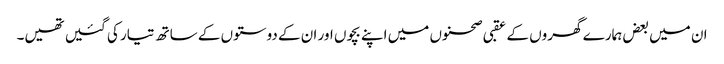
ان میں بعض ہمارے گھروں کے عقبی صحنوں میں اپنے بچوں اور ان کے دوستوں کے ساتھ تیار کی گئیں تھیں۔